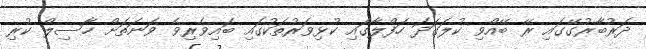
ދަރުބާރުގޭގައި ރޭ ބޭއްވި ކުލަގަދަ ހަފްލާގައި ކުޅިވަރުތަކުގައި ބައިވެރިވެ ވަނަތަށް ހާސިލް ކުރި